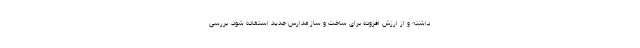
داشته و از ارزش افزوده برای ساخت و ساز مدارس جدید استفاده شود، بررسی